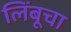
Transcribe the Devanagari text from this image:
लिंबूचा